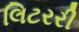
લિટરરી